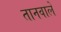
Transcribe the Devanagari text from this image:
तानवाले